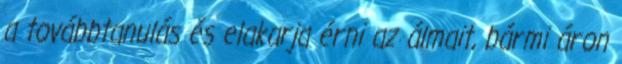
a továbbtanulás és elakarja érni az álmait, bármi áron